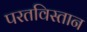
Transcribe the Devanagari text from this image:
परतविस्तान